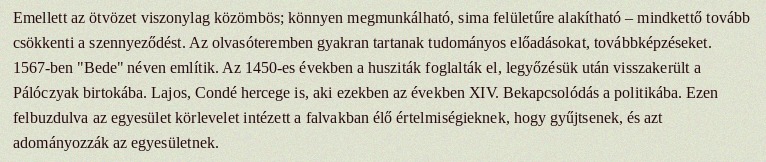
Emellett az ötvözet viszonylag közömbös; könnyen megmunkálható, sima felületűre alakítható – mindkettő tovább csökkenti a szennyeződést. Az olvasóteremben gyakran tartanak tudományos előadásokat, továbbképzéseket. 1567-ben "Bede" néven említik. Az 1450-es években a husziták foglalták el, legyőzésük után visszakerült a Pálóczyak birtokába. Lajos, Condé hercege is, aki ezekben az években XIV. Bekapcsolódás a politikába. Ezen felbuzdulva az egyesület körlevelet intézett a falvakban élő értelmiségieknek, hogy gyűjtsenek, és azt adományozzák az egyesületnek.